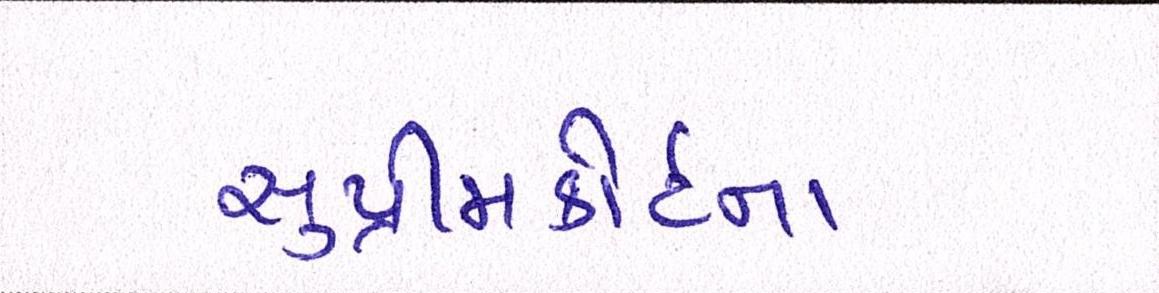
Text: સુપ્રીમકોર્ટના